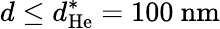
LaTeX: d\leq d_{\mathrm{He}}^{\ast}=100~\mathrm{nm}